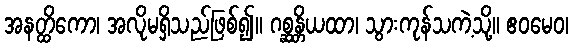
အနတ္ထိကော၊ အလိုမရှိသည်ဖြစ်၍။ ဂစ္ဆန္တိယထာ၊ သွားကုန်သကဲ့သို့။ ဧဝမေဝ၊